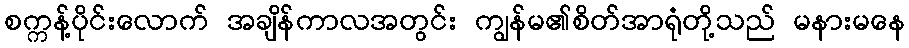
စက္ကန့်ပိုင်းလောက် အချိန်ကာလအတွင်း ကျွန်မ၏စိတ်အာရုံတို့သည် မနားမနေ